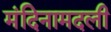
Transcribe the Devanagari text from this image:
मंदिनामदली